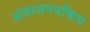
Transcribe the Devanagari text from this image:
अंदाजपत्रकिय